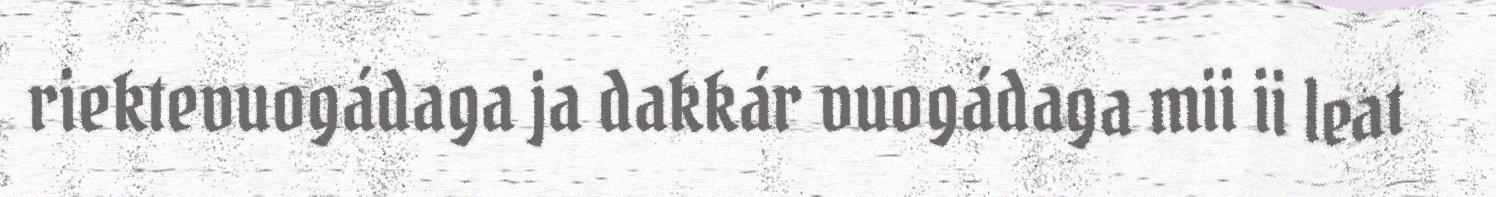
riektevuogádaga ja dakkár vuogádaga mii ii leat